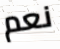
نعم